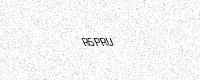
Text: R5PRU